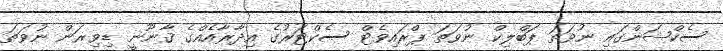
ސެކްޝަންގައި ނުވަތަ ޕަބްލިކް ނުވަތަ ޕްރައިވެޓް ސެކްޓަރުގެ އިދާރާއެއްގެ ޤާނޫނީ ޑިވިޜަން ނުވަތަ